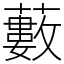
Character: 藪